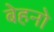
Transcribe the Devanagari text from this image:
बेहनो